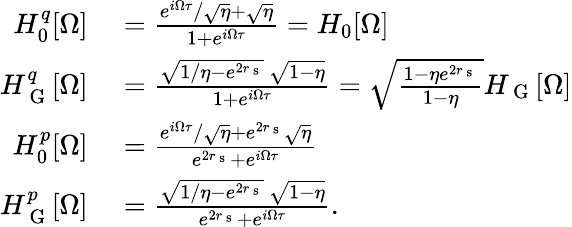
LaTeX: \begin{array}{rl}{H_{0}^{q}[\Omega]}&{{}=\frac{e^{i\Omega\tau}/\sqrt{\eta}+\sqrt{\eta}}{1+e^{i\Omega\tau}}=H_{0}[\Omega]}\\ {H_{\mathrm{~G~}}^{q}[\Omega]}&{{}=\frac{\sqrt{1/\eta-e^{2r_{\mathrm{~s~}}}}\, \sqrt{1-\eta}}{1+e^{i\Omega\tau}}=\sqrt{\frac{1-\eta e^{2r_{\mathrm{~s~}}}}{1-\eta}}H_{\mathrm{~G~}}[\Omega]}\\ {H_{0}^{p}[\Omega]}&{{}=\frac{e^{i\Omega\tau}/\sqrt{\eta}+e^{2r_{\mathrm{~s~}}}\sqrt{\eta}}{e^{2r_{\mathrm{~s~}}}+e^{i\Omega\tau}}}\\ {H_{\mathrm{~G~}}^{p}[\Omega]}&{{}=\frac{\sqrt{1/\eta-e^{2r_{\mathrm{~s~}}}}\, \sqrt{1-\eta}}{e^{2r_{\mathrm{~s~}}}+e^{i\Omega\tau}}.}\end{array}